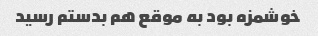
خوشمزه بود به موقع هم بدستم رسید